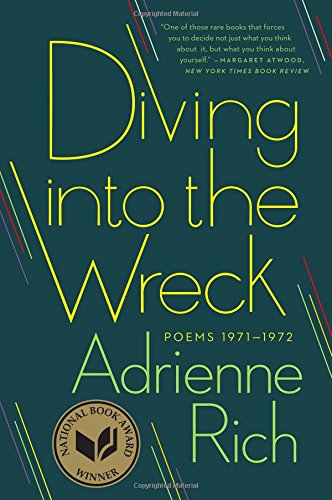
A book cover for Diving into the Wreck: Poems 1971-1972; Adrienne Rich; Literature & Fiction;